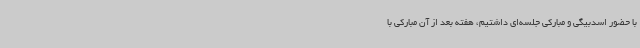
با حضور اسدبیگی و مبارکی جلسه‌ای داشتیم، هفته بعد از آن مبارکی با